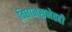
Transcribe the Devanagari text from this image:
विधानसभेतही